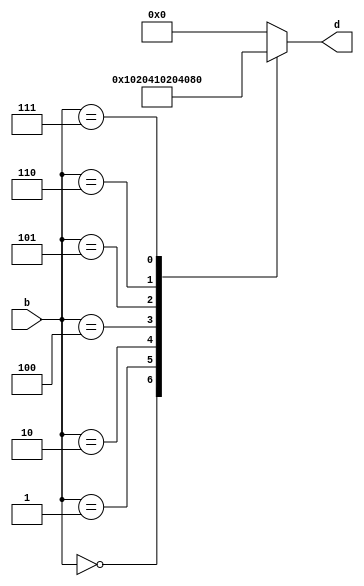
`timescale 1ns / 1ps

module Decoders(
    input wire [2:0] b, // _
    output reg [7:0] d // _
    );

    always @ ( b ) begin
        case ( b )
            3'b000 : d <= 8'b0000_0001;
            3'b001 : d <= 8'b0000_0010;
            3'b010 : d <= 8'b0000_0100;
            3'b100 : d <= 8'b0001_0000;
            3'b101 : d <= 8'b0010_0000;
            3'b110 : d <= 8'b0100_0000;
            3'b111 : d <= 8'b1000_0000;
            default: d <= 8'b0000_0000;
        endcase
    end
endmodule